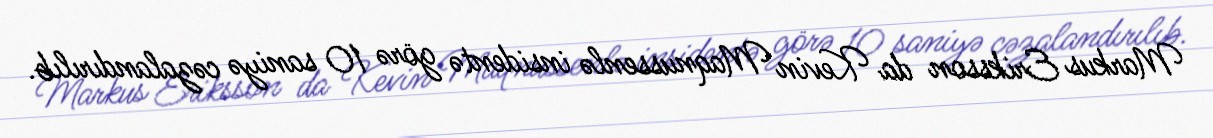
Markus Eriksson da Kevin Maqnussenlə insidentə görə 10 saniyə cəzalandırılıb.